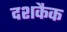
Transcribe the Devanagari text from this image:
दशकैक